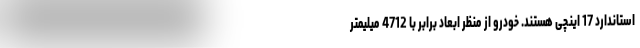
استاندارد 17 اینچی هستند. خودرو از منظر ابعاد برابر با 4712 میلیمتر